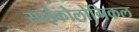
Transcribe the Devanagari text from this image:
साईकोलोगिकल